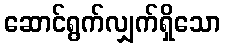
ဆောင်ရွက်လျှက်ရှိသော